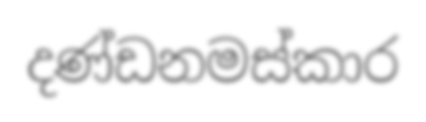
දණ්ඩනමස්කාර